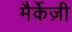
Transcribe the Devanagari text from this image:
मैर्केज़ी